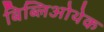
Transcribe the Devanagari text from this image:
बिब्लिओथेक